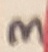
Text: 3